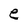
Character: e